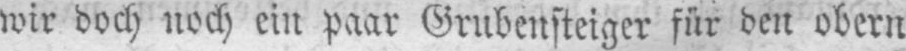
wir doch noch ein paar Grubensteiger für den obern